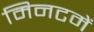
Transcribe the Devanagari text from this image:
मिनटमें